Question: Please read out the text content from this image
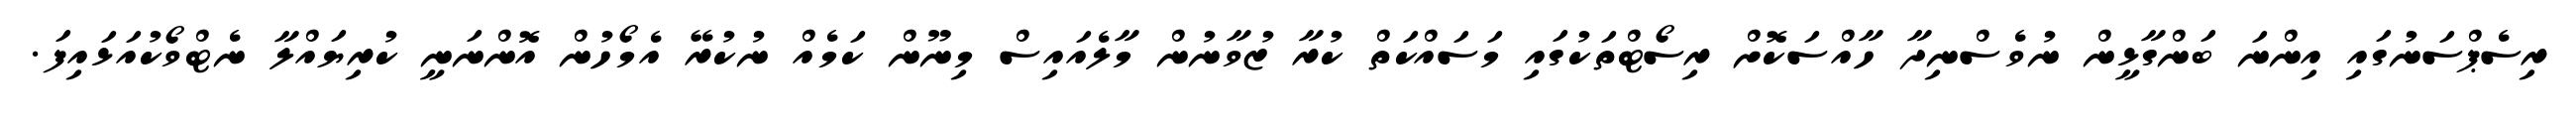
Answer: ރިސެޕްސަނުގައި އިންނަ ބަންގާޅީން ނުވެސްނިދާ ހާއްސަކޮށް ރިސޯޓްތަކުގައި މަސައްކަތް ކުރާ ޒުވާނުން މާލެއައިސް މިނޫން ކަމެއް ނުކުރޭ އެމޯހުން އޮންނަނީ ކުރިޔައްލާ ނެޓްވޯކުއަޅައިފަ.